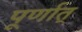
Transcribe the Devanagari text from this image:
पूर्णात्